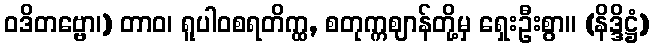
ဝဒိတဗ္ဗော၊) တာဝ၊ ရူပါဝစရတိက္ထ, စတုက္ကဈာန်တို့မှ ရှေးဦးစွာ။ (နိဒ္ဒိဋ္ဌံ)